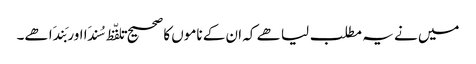
میں نے یہ مطلب لیا ھے کہ ان کے ناموں کا صحیح تلفّظ سُندَا اور بَندَا ھے۔